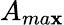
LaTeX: A_{ma\mathbf{x}}